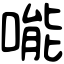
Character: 𠹌